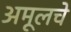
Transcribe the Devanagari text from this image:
अमूलचे